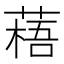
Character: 𫉎